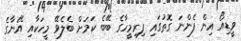
ވީޑިއޯ އިން ފެންނަ ގޮތުގައި ފިރިމީހާގެ ބޭބެ ކަމަށް ބެލެވޭ މީހަކާއި އޭނާގެ